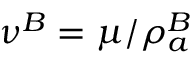
\nu ^ { B } = \mu / \rho _ { a } ^ { B }